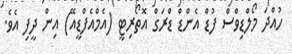
ހުއްދަ މޯލްޑިވްސް ފުޑް އެންޑް ޑްރަގް އޮތޯރިޓީ (އެމްއެފްޑީއޭ) އިން ދީފި އެވެ.